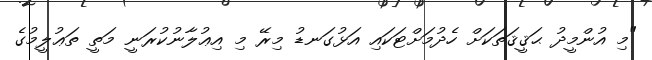
"މި އުންމީދު ޙަޤީޤަތަކަށް ހެދުމަށްޓަކައި އަޅުގަނޑު މިރޭ މި އިޢުލާނުކުރަނީ މަތީ ތަޢުލީމުގެ